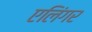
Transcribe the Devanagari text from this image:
एलिंगर